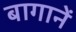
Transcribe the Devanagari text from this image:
बागानें